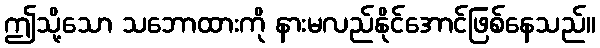
ဤသို့သော သဘောထားကို နားမလည်နိုင်အောင်ဖြစ်နေသည်။